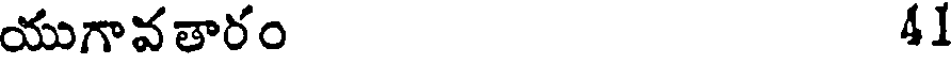
యుగావతారం 41